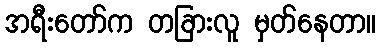
အရီးတော်က တခြားလူ မှတ်နေတာ။